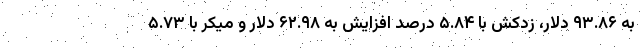
به ۹۳.۸۶ دلار، زدکش با ۵.۸۴ درصد افزایش به ۶۲.۹۸ دلار و میکر با ۵.۷۳